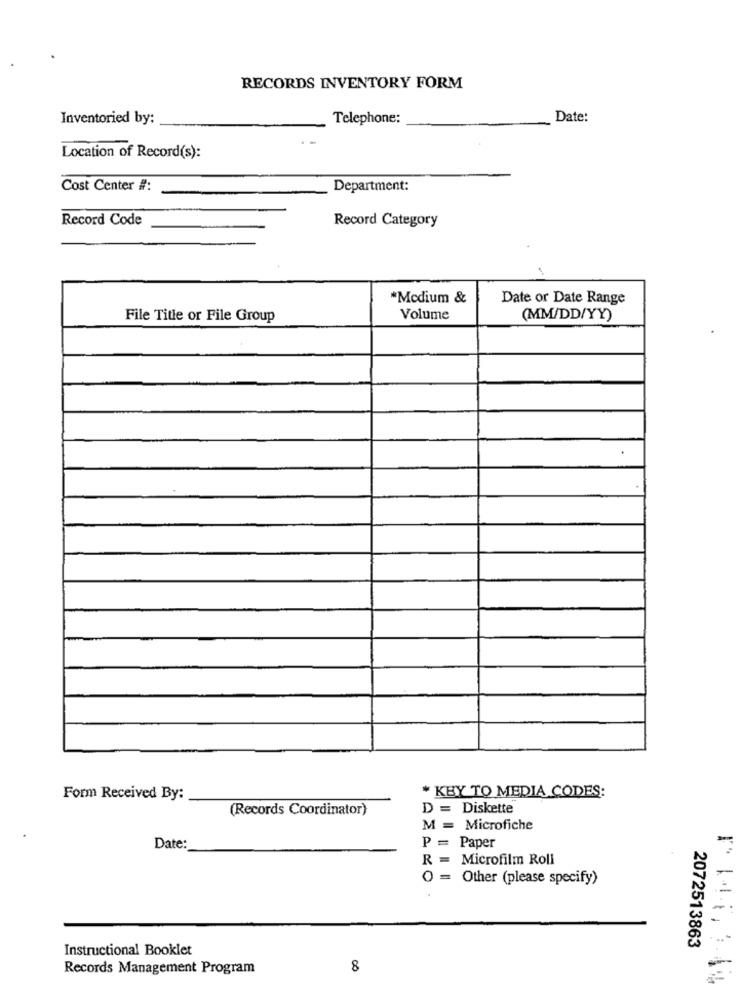
RECORDS INVENTORY FORM
Inventoried by:
Telephone:
Date:
Location of Record(s):
Cost Center #:
Department:
Record Code
Record Category
"Medium &
Date or Date Range
File Title or File Group
Volume
(MM/DD/YY)
* KBY TO MEDIA CODES:
Form Received By:
(Records Coordinator)
D = Diskette
M = Microfiche
P =
Paper
-
Date:
R
Microfilm Roll
O = Other (please specify)
2072513863
Instructional Booklet
Records Management Program
8
-